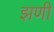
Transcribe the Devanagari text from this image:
झणी